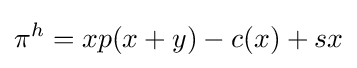
\pi ^{h}=xp(x+y)-c(x)+sx